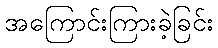
အကြောင်းကြားခဲ့ခြင်း